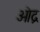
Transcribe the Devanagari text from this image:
ऒद्र